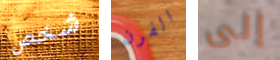
شخص الفرن إلى